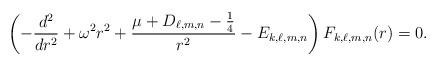
LaTeX: \begin{align*}\left( -\frac{d^{2}}{dr^{2}}+\omega ^{2}r^{2}+\frac{\mu +D_{\ell,m,n}-\frac{1}{4}}{r^{2}}-E_{k,\ell,m,n} \right) F_{k,\ell,m,n}(r)=0. \end{align*}